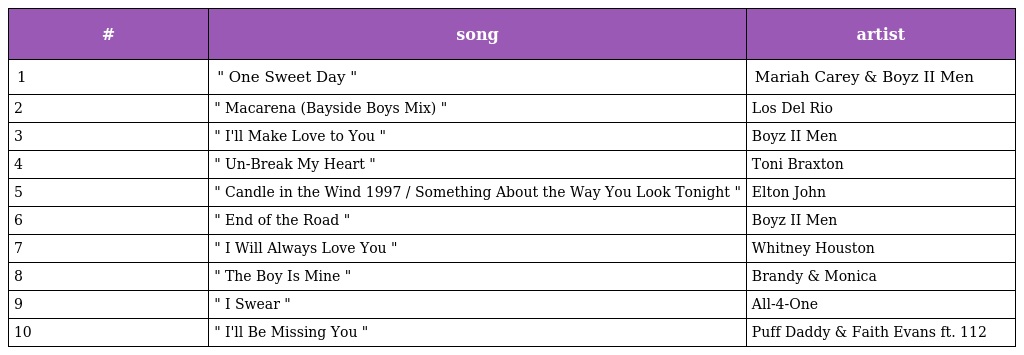
| # | song | artist |
 | --- | --- | --- |
 | 1 | " One Sweet Day " | Mariah Carey & Boyz II Men |
 | 2 | " Macarena (Bayside Boys Mix) " | Los Del Rio |
 | 3 | " I'll Make Love to You " | Boyz II Men |
 | 4 | " Un-Break My Heart " | Toni Braxton |
 | 5 | " Candle in the Wind 1997 / Something About the Way You Look Tonight " | Elton John |
 | 6 | " End of the Road " | Boyz II Men |
 | 7 | " I Will Always Love You " | Whitney Houston |
 | 8 | " The Boy Is Mine " | Brandy & Monica |
 | 9 | " I Swear " | All-4-One |
 | 10 | " I'll Be Missing You " | Puff Daddy & Faith Evans ft. 112 |